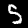
Label: 5